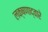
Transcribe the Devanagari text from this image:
लक्षणाद्वारे